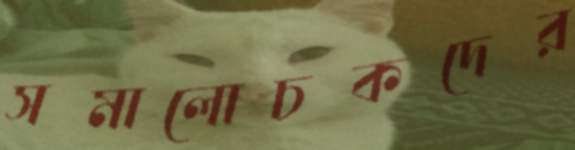
সমালোচকদের